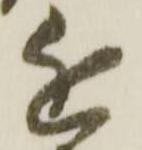
近